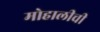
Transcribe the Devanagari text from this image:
मोहालीची